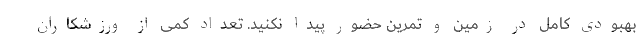
بهبودی کامل در زمین و تمرین حضور پیدا نکنید. تعداد کمی از ورزشکاران